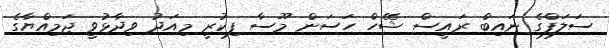
ސަލަފްގެ ނައިބް ރައީސް ޝޭހް ހަސަން މޫސާ ފިކުރީ މިއަދު ވިދާޅުވީ ޖަމިއްޔާގެ